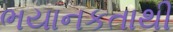
ભયાનકતાથી